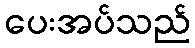
ပေးအပ်သည်